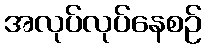
အလုပ်လုပ်နေစဉ်